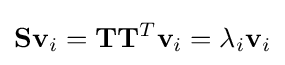
\mathbf {Sv} _{i}=\mathbf {T} \mathbf {T} ^{T}\mathbf {v} _{i}=\lambda _{i}\mathbf {v} _{i}